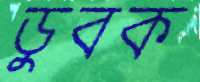
ডুবক